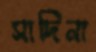
সাদিনা